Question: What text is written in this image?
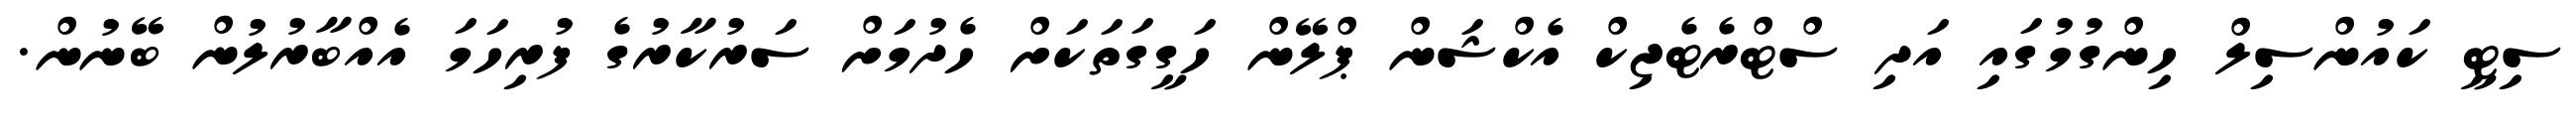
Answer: ސިޓީ ކައުންސިލް ހިންގުމުގައި އަދި ސްޓްރެޓެޖިކް އެކްޝަން ޕްލޭން ހަގީގަތަކަށް ހެދުމަށް ސަރުކާރުގެ ފުރިހަމަ އެއްބާރުލުން ބޭނުން.